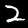
Label: 2